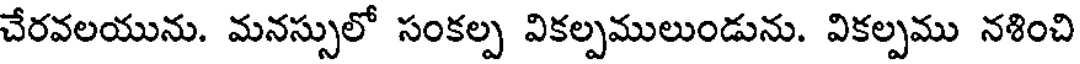
చేరవలయును. మనస్సులో సంకల్ప వికల్పములుండును. వికల్పము నళించి